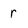
Character: r